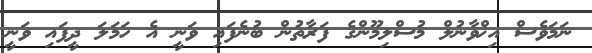
ނަމަވެސް އިޚްވާނުލް މުސްލިމޫންގެ ފަރާތުން ބުނެފައި ވަނީ އެ ހަމަލަ ދީފައި ވަނީ